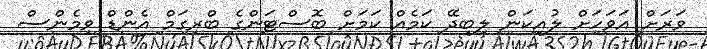
ވަރަށް އަވަހަށް ލުއިކަން ލިބިދޭ ކަމެއް ކަމަށް ބޮސްޓަންގެ ބްރިގަމް އެންޑް ވިމެންސް